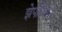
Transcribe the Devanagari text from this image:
झेपलिनने